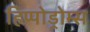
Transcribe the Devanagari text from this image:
हिप्पोड्रोम्स